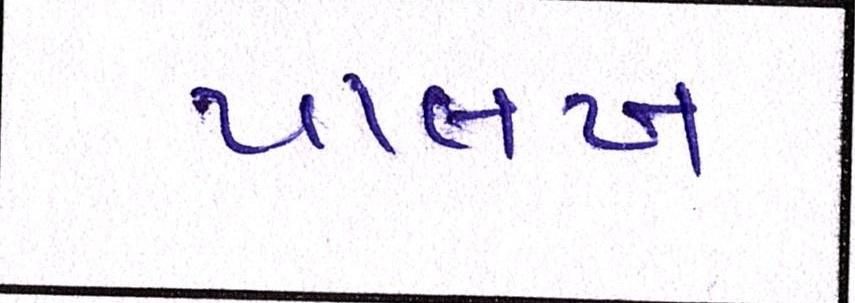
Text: પાલખ